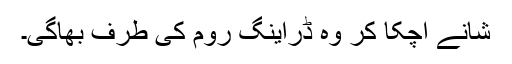
شانے اچکا کر وہ ڈراینگ روم کی طرف بھاگی۔